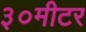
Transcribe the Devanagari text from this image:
३०मीटर